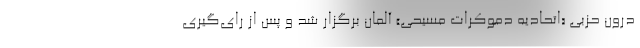
درون حزبی «اتحادیه دموکرات مسیحی» آلمان برگزار شد و پس از رای‌گیری